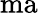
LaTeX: \mathrm{ma}